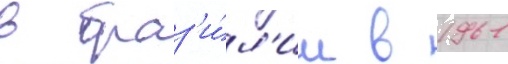
в браз'и́л'ии в 1961